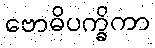
ဗောဓိပက္ခိကာ